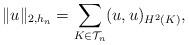
LaTeX: \begin{align*} \|u\|_{2, h_n} = \sum_{K \in \mathcal{T}_n} (u, u)_{H^2(K)},\end{align*}